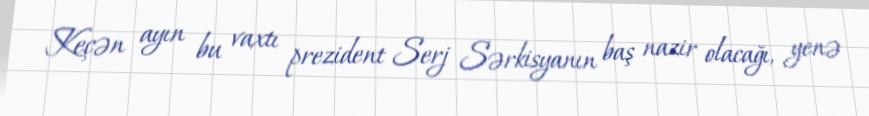
Keçən ayın bu vaxtı prezident Serj Sərkisyanın baş nazir olacağı, yenə